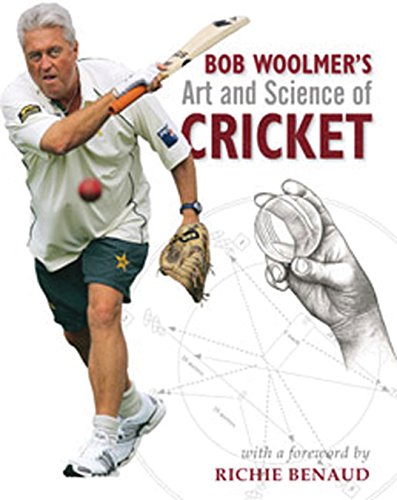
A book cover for Bob Woolmer's Art and Science of Cricket; Bob Woolmer; Sports & Outdoors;